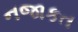
નજાકત